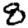
Digit: 8